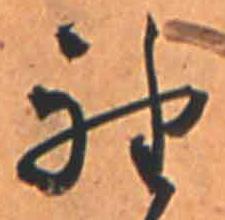
袖